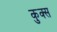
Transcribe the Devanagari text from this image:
कुक्स